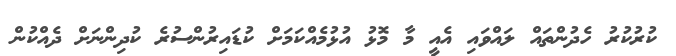
ކުރުކުރު ހެދުންތައް ލައްވައި އެއީ މާ މޮޅު އުޅުމެއްކަމަށް ކުޑައިރުންސުރެ ކުދިންނަށް ދެއްކުން